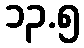
၁၃.၅